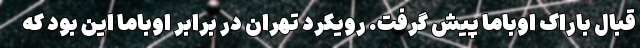
قبال باراک اوباما پیش گرفت. رویکرد تهران در برابر اوباما این بود که